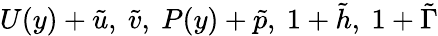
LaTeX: U(y)+\tilde{u},~\tilde{v},~P(y)+\tilde{p},~1+\tilde{h},~1+\tilde{\Gamma}